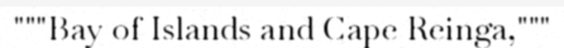
"""Bay of Islands and Cape Reinga,"""